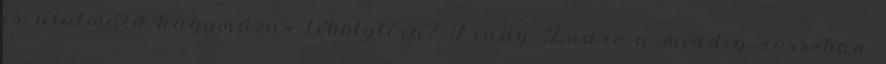
is alulmúló hagymázas tébolylíra? Frady Endre a mindig rosszban